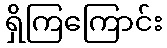
ရှိကြကြောင်း